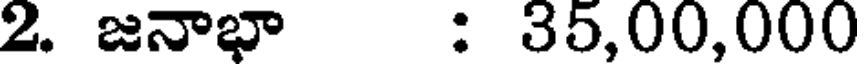
2. జనాభా : 35,00,000